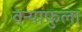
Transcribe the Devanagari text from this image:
वन्याफुला